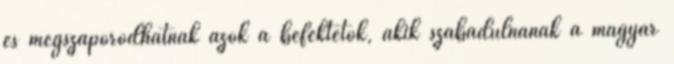
és megszaporodhatnak azok a befektetők, akik szabadulnának a magyar